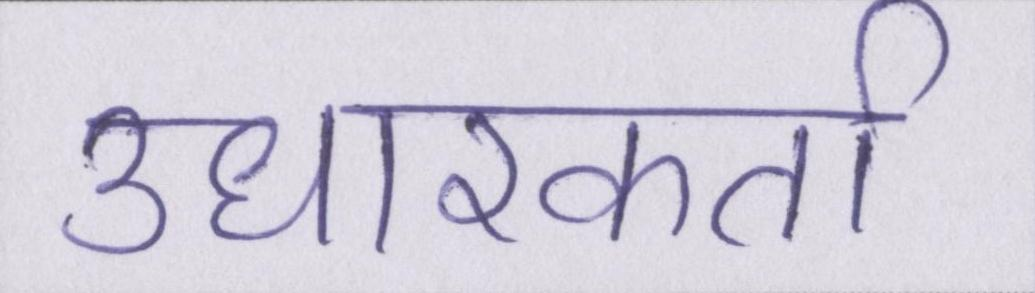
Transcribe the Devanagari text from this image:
उधारकर्ता